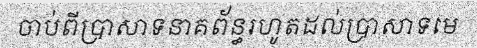
ចាប់ពីប្រាសាទនាគព័ន្ធរហូតដល់ប្រាសាទមេ